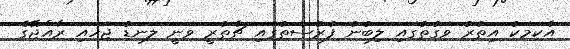
އެކަމަކު އިތުރު ވަގުތުގައި ލިބުނު ފުރުސަތުގައި ޗެތުރީ ވަނީ ލަނޑު ޖަހައި ރާއްޖޭގެ